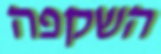
השקפה